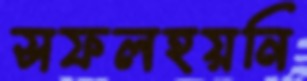
সফলহয়নি